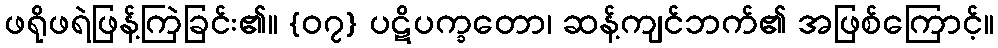
ဖရိုဖရဲဖြန့်ကြဲခြင်း၏။ {၀၇} ပဋိပက္ခတော၊ ဆန့်ကျင်ဘက်၏ အဖြစ်ကြောင့်။